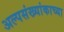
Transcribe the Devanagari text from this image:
अल्पसंख्यांकाच्या